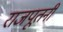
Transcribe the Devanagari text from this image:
राजपूतनी